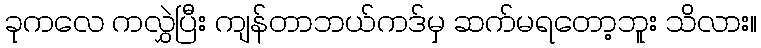
ခုကလေ ကလွှဲပြီး ကျန်တာဘယ်ကဒ်မှ ဆက်မရတော့ဘူး သိလား။